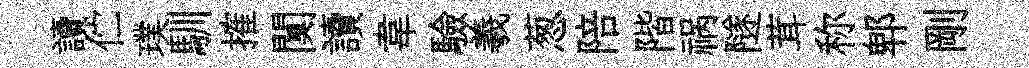
讀伫璞馴搉闃讀韋驗羲葱陪階祸隧茸称郫剛